Report on plague in the Punjab from October 1st ... to September 30th ..., being the ... season of plague in the province
Disease focus: Plague
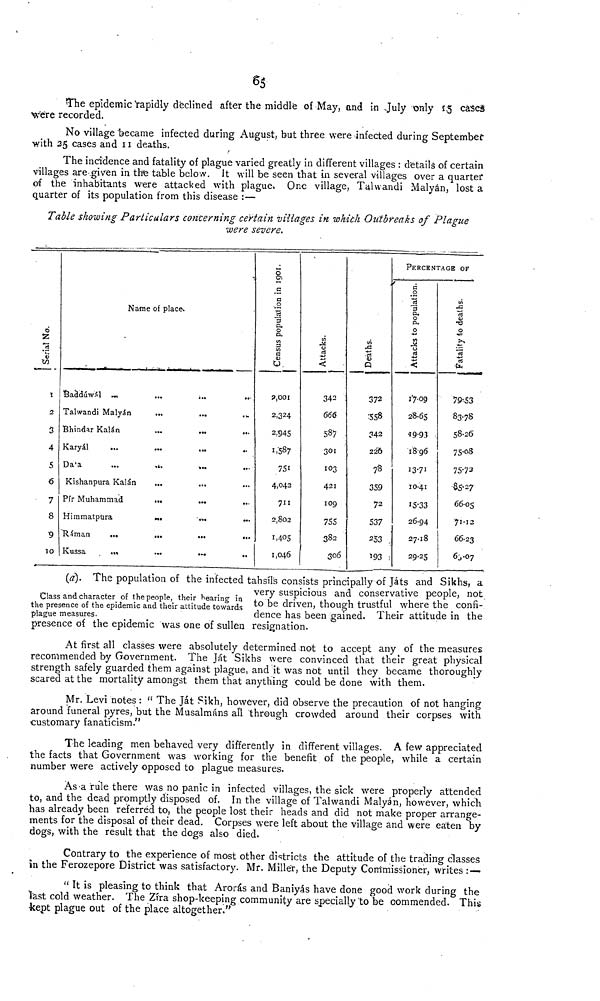
65
The epidemic Vapidly declined after the middle of May, and in July only 15 cases
Were recorded.
No village became infected during August, but three were infected during September
with 25 cases and 11 deaths.
The incidence and fatality of plague varied greatly in different villages : details of certain
villages are-given in the table below. It will be seen that in several villages over a quarter
of the inhabitants were attacked with plague. One village, Talwandi Malyán, lost a
quarter of its population from this disease :—
Table showing Particulars concerning certain villages in which Outbreaks of Plague
were severe.
Serial No.
1
2
3
4
5
6
7
8
9
10
Name of place.
Badduwal
Talwandi Malyán
Bhindar Kalán
Karyál
Da'a
Kishanpura Kalán
Pír Muhammad
Himmatpüra
Riman
...
Kussa
.
...
...
...
...
«i.
...
...
•»•
...
...
...
...
...
...
...
...
...
...
...
...
.V.
...
..
...
...
...
...
...
••
Census population in1901.
8,001
2,324
2,945
1,.587
751
4,042
711
2,802
1,405
1,046
Attacks.
342
666
587
301
103
421
109
755
382
306
Deaths.
372
558
342
226
78
359
72
537
253
193
PERCENTAGE OF
Attacks to population.
17.09
28.65
19.93
18.96
13.71
10.41
15.33
26.94
27.18
29.25
Fatality to deaths.
79.53
83.78
58.26
75.08
75.73
85.27
66.05
71.12
66.23
65.07
Class and character of the people, their hearing in
the presence of the epidemic and their attitude towards
plague measures.
(a). The population of the infected tahsils consists principally of Játs and Sikhs, a
very suspicious and conservative people, not
to be driven, though trustful where the confi-
dence has been gained. Their attitude in the
presence of the epidemic was one of sullen resignation.
At first all classes were absolutely determined not to accept any of the measures
recommended by Government. The Ját Sikhs were convinced that their great physical
strength safely guarded them against plague, and it was not until they became thoroughly
scared at the mortality amongst them that anything could be done with them.
Mr. Levi notes : " The Ját Sikh, however, did observe the precaution of not hanging
around funeral pyres, but the Musalmáns all through crowded around their corpses with
customary fanaticism."
The leading men behaved very differently in different villages. A few appreciated
the facts that Government was working for the benefit of the people, while a certain
number were actively opposed to plague measures.
As a rule there was no panic in infected villages, the sick were properly attended
to, and the dead promptly disposed of. In the village of Talwandi Malyán, however, which
has already been referred to, the people lost their heads and did not make proper arrange-
ments for the disposal of their dead. Corpses were left about the village and were eaten by
dogs, with the result that the dogs also died.
Contrary to the experience of most other districts the attitude of the trading classes
in the Ferozepore District was satisfactory. Mr. Miller, the Deputy Commissioner, writes : —>
" It is pleasing to think that Arorás and Baniyás have done good work during the
Hast cold weather. The Zira shop-keeping community are specially to be commended. This
•kept plague out of the place altogether."